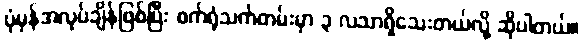
ပုံမှန်အလုပ်ချိန်ဖြစ်ပြီး စက်ရုံသက်တမ်းမှာ ၃ လသာရှိသေးတယ်လို့ ဆိုပါတယ်။